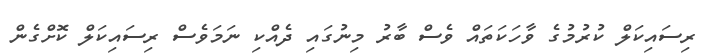
ރިސައިކަލް ކުރުމުގެ ވާހަކަތައް ވެސް ބާރު މިނުގައި ދެއްކި ނަމަވެސް ރިސައިކަލް ކޮށްގެން